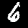
Label: 6